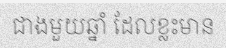
ជាងមួយឆ្នាំ ដែលខ្លះមាន